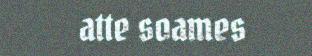
atte soames